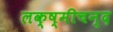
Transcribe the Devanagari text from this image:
लक्ष्मीचन्द